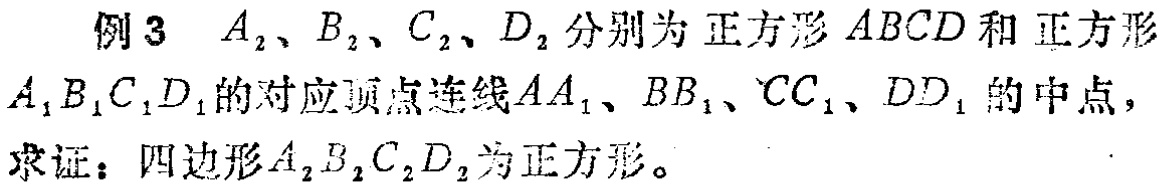
例3 \(A_{2}\)、\(B_{2}\)、\(C_{2}\)、\(D_{2}\)分别为正方形\(ABCD\)和正方形\(A_{1}B_{1}C_{1}D_{1}\)的对应顶点连线\(AA_{1}\)、\(BB_{1}\)、\(CC_{1}\)、\(DD_{1}\)的中点，
求证：四边形\(A_{2}B_{2}C_{2}D_{2}\)为正方形。